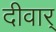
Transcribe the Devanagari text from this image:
दीवार्